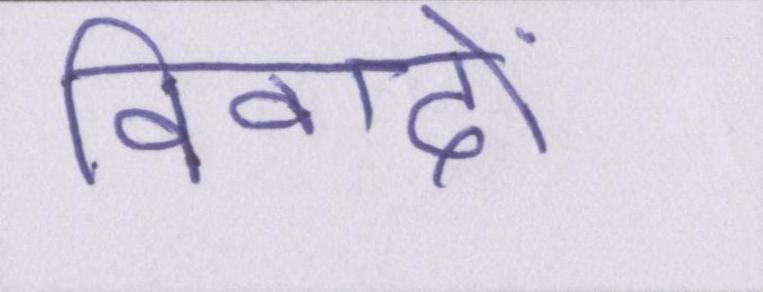
विवादों